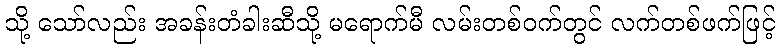
သို့ သော်လည်း အခန်းတံခါးဆီသို့ မရောက်မီ လမ်းတစ်ဝက်တွင် လက်တစ်ဖက်ဖြင့်